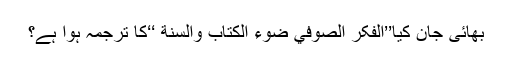
بھائی جان کیا’’الفکر الصوفي ضوء الكتاب والسنة ‘‘کا ترجمہ ہوا ہے؟